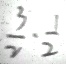
\frac { 3 } { 2 } \cdot \frac { 1 } { 2 }